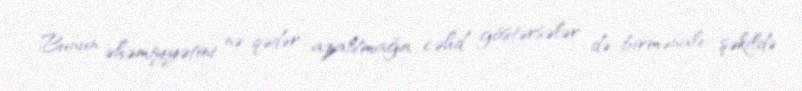
Bunun əhəmiyyətini nə qədər azaltmağa cəhd göstərsələr də birmənalı şəkildə